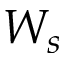
W _ { s }